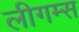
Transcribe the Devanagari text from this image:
लीगम्स